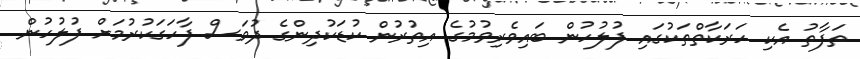
ތަފާތު އެކި ހަރަކާތްތަކުގައި ފުލުހުން ބައިވެރިވުމުގެ އިތުރުން ކުޑަކުދިންގެ ދުވަސް ފާހަގަކުރުމަށް ފުލުހުން